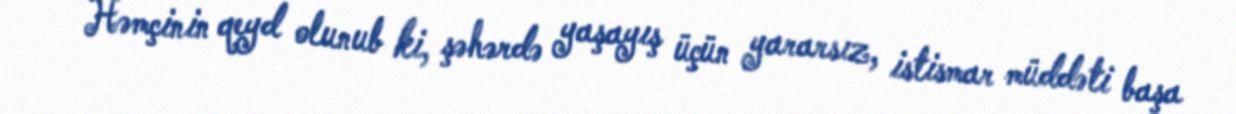
Həmçinin qeyd olunub ki, şəhərdə yaşayış üçün yararsız, istismar müddəti başa